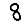
Digit: 8